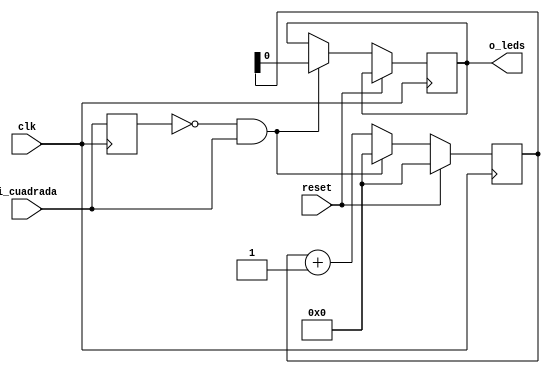
`timescale 1ns / 1ps
//////////////////////////////////////////////////////////////////////////////////
// Company: 
// Engineer: 
// 
// Design Name: 
// Module Name:    once 
// Project Name: 
// Target Devices: 
// Tool versions: 
// Description: 
/*
11.	Disee un circuito en Verilog que sea capaz de contar el periodo de una seal 
externa peridica y de onda cuadrada,  con una resolucin de 8 bits y mostrarlo en 
los 8 Leds de usuarios disponibles en la placa BASYS 2. 
NOTA: Para realizar este ejercicio deber utilizar un generador de seales.

*/
// Dependencies: 
//
// Revision: 
// Revision 0.01 - File Created
// Additional Comments: 
//
//////////////////////////////////////////////////////////////////////////////////
module once
	# (parameter N_BITS = 8)
	(
	input i_cuadrada, clk, reset,
	output reg o_leds
    );

	reg [N_BITS-1:0] contador;
	reg valor_anterior; //para almacenar un flanco
	
	always @ (posedge clk)
	begin
		valor_anterior <= i_cuadrada;
		
		if (reset)
			contador <= 0;
		else
		begin
			if (valor_anterior == 0 &&  i_cuadrada == 1)
				begin
					o_leds <= contador;
					contador <= 0;
				end
			else
				contador <= contador +1;
		end
	end
endmodule